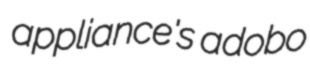
appliance's adobo